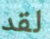
لقد